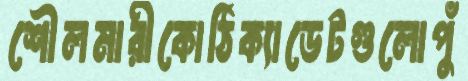
শৌলমারীকোঠিক্যাডেটগুলোপুঁ